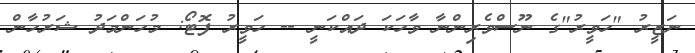
ނަޒީރު "ހަވީރު"ގެ ނޫސްވެރިންނާ ވާހަކަ ދައްކަނީ -- ހަވީރު ފޮޓޯ: މުހަންމަދު ޝަރުހާން